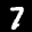
Label: 7